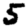
Digit: 5